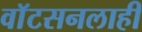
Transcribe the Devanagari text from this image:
वाॅटसनलाही